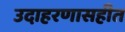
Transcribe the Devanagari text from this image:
उदाहरणासहीत